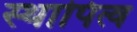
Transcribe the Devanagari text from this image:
स्थापित्व